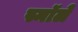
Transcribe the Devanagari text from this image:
स्मॉले